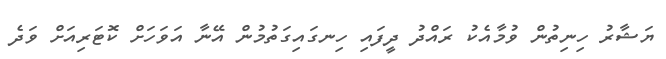
ޔަޝާރު ހިނިތުން ވުމާއެކު ރައްދު ދީފައި ހިނގައިގަތުމުން އޭނާ އަވަހަށް ކޮޓަރިއަށް ވަދެ